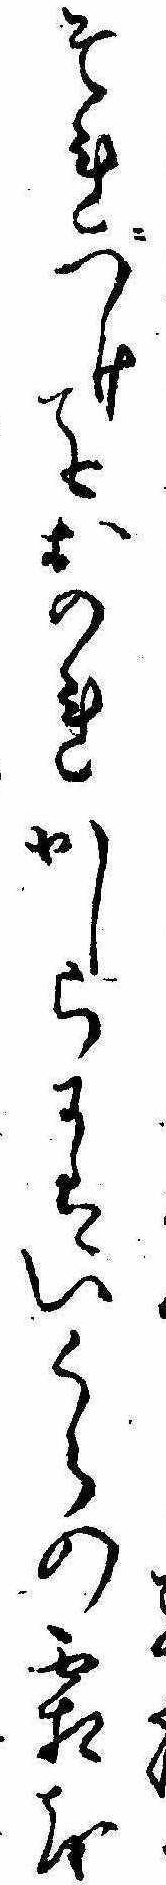
それにつけてもおのれかしらにはいくらの霜を